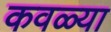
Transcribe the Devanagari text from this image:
कवळ्या